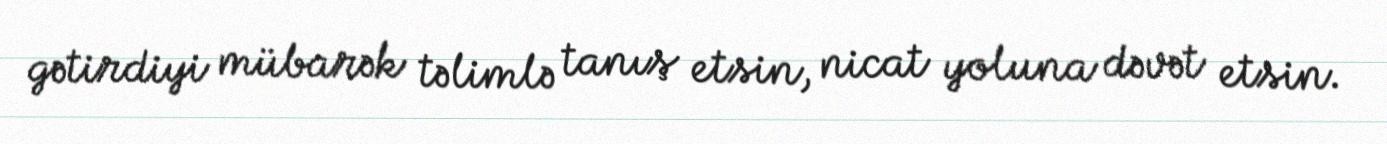
gətirdiyi mübarək təlimlə tanış etsin, nicat yoluna dəvət etsin.